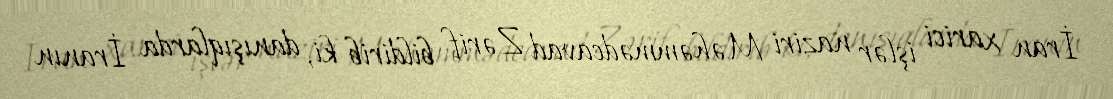
İran xarici işlər naziri Məhəmmədcavad Zərif bildirib ki, danışıqlarda İranın